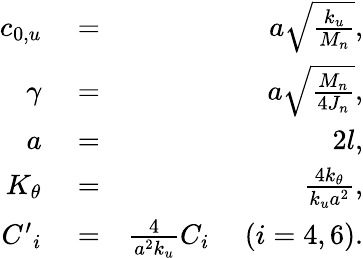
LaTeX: \begin{array}{rlr}{{{c}_{0,u}}}&{{}=}&{a\sqrt{\frac{{{k}_{u}}}{{{M}_{n}}}},}\\ {\gamma}&{{}=}&{a\sqrt{\frac{{{M}_{n}}}{4{{J}_{n}}}},}\\ {a}&{{}=}&{2l,}\\ {{{K}_{\theta}}}&{{}=}&{\frac{4{{k}_{\theta}}}{{{k}_{u}}{{a}^{2}}},}\\ {{{{C}^{\prime}}_{i}}}&{{}=}&{\frac{4}{{{a}^{2}}{{k}_{u}}}{{C}_{i}}\ \ \ \ \ (i=4,6).}\end{array}